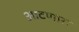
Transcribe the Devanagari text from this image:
आटणारा